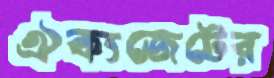
ঐক্যজেটের